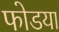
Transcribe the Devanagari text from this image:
फोडया